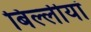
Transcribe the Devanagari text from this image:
बिल्लीयां